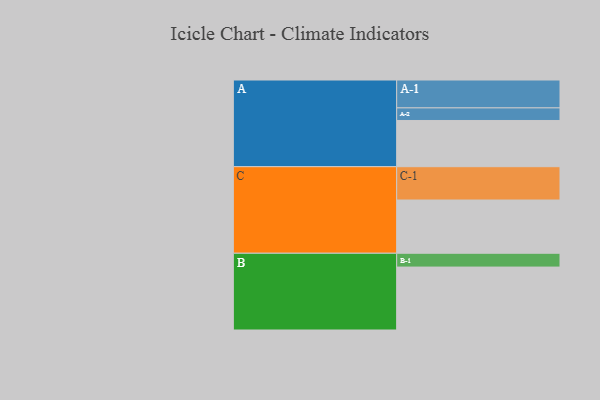
{"axis": {"x": "Segment", "y": "Value"}, "legend": ["", "A", "B", "C"], "data": [{"x": "A", "y": 381, "type": ""}, {"x": "B", "y": 519, "type": ""}, {"x": "C", "y": 439, "type": ""}, {"x": "A-1", "y": 230, "type": "A"}, {"x": "A-2", "y": 104, "type": "A"}, {"x": "B-1", "y": 114, "type": "B"}, {"x": "C-1", "y": 275, "type": "C"}]}